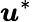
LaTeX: {\boldsymbol{u}}^{*}